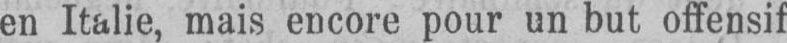
en Italie, mais encore pour un but offensif